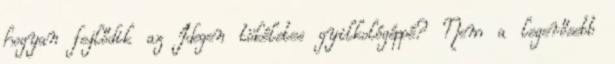
hogyan fejlődik az Idegen tökéletes gyilkológéppé? Nem a legerősebb